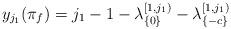
LaTeX: \begin{align*}y_{j_1}(\pi_f)&=j_1-1-\lambda^{[1,j_1)}_{\{0\}}-\lambda^{[1,j_1)}_{\{-c\}}\end{align*}